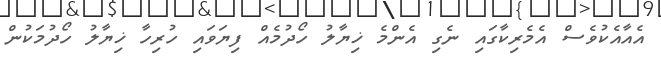
އެއާއެކުވެސް އެމެރިކާގައި ނެގި އެންމެ ޚިޔާލު ހޯދުމެއް ފިޔަވައި ހުރިހާ ޚިޔާލު ހޯދުމަކުން